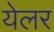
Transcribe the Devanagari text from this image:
येलर